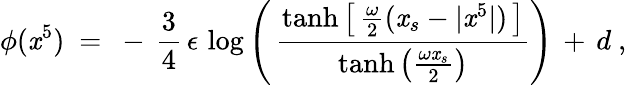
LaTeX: \phi(\mathit{x}^{5})\ =\ -\, \frac{{3}}{{4}}\, \epsilon\, \log\left(\, \frac{{\operatorname{tanh}\left[\, \frac{{\omega}}{{2}}(\mathit{x}_{s}-|\mathit{x}^{5}|)\, \right]}}{{\operatorname{tanh}\left(\frac{{\omega\mathit{x}_{s}}}{{2}}\right)}}\right)\, +\, d\ ,